Madras plague regulations and rules for the city of Madras
Disease focus: Plague
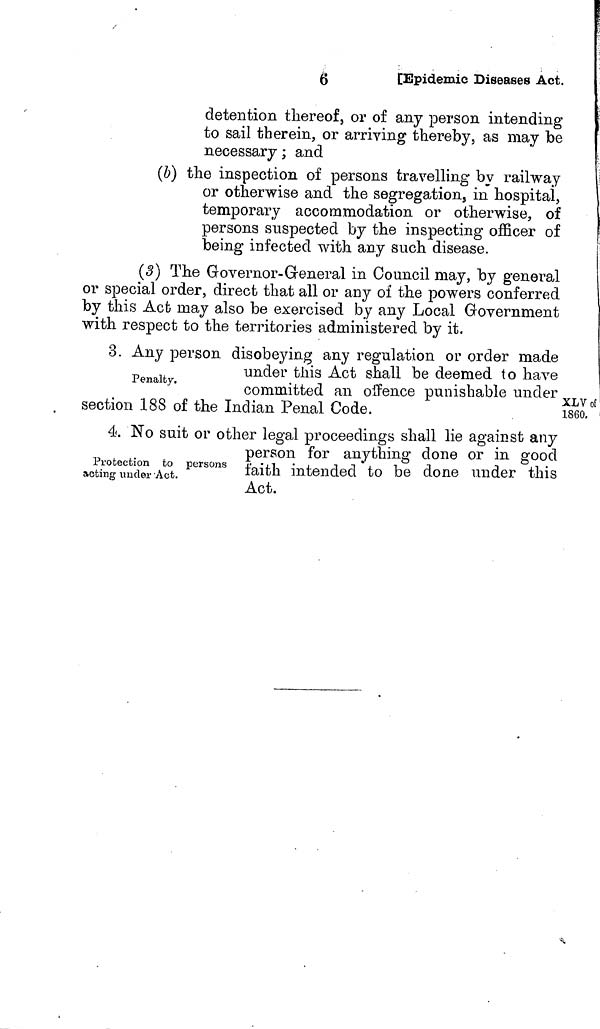
detention thereof, or of any person intending
to sail therein, or arriving thereby, as may be
necessary ; and
(b) the inspection of persons travelling by railway
or otherwise and the segregation in hospital,
temporary accommodation or otherwise, of
persons suspected by the inspecting officer of
being infected with any such disease.
(3) The Governor-General in Council may, by general
or special order, direct that all or any oi the powers conferred
by this Act may also be exercised by any Local Government
with respect to the territories administered by it.
XLVof
I860.
3. Any person disobeying any regulation or order made
under this Act shall be deemed to have
Penalty committed an offence punishable under,
section 188 of the Indian Penal Code.
:
4. No suit or other legal proceedings shall lie against any
person for anything done or in good
Protection
to
persons
acting under Act. faith intended to be done under this
Act.